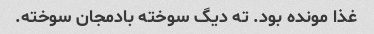
غذا مونده بود. ته دیگ سوخته بادمجان سوخته.